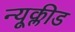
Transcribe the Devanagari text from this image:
न्यूक्लीड